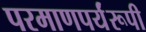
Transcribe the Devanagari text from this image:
परमाणपर्यंरूपी